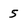
Character: 5